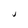
Character: J